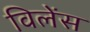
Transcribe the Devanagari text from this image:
विलेंस